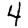
Digit: 4